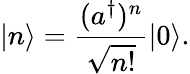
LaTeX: |n\rangle={\frac{(a^{\dagger})^{n}}{\sqrt{n!}}}|0\rangle.